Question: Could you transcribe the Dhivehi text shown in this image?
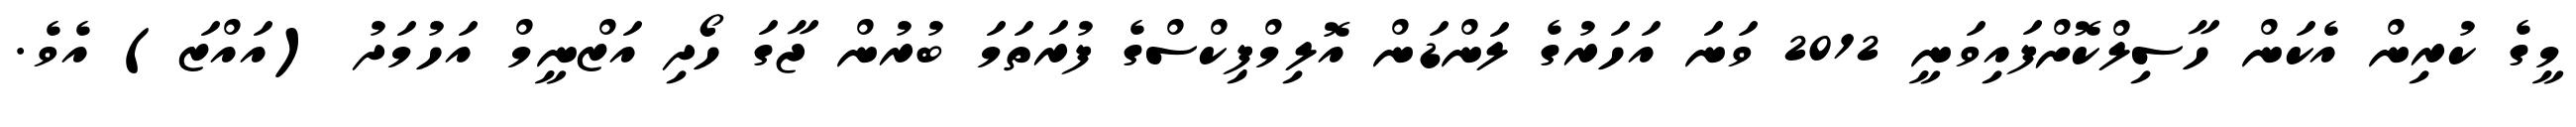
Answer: މީގެ ކުރިން އެކަން ހާސިލްކޮށްފައިވަނީ 2012 ވަނަ އަހަރުގެ ލަންޑަން އޮލިމްޕިކްސްގެ ފުރަތަމަ ބުރުން ޖާގަ ހޯދި އަޒްނީމް އަހުމަދު (އައްޒަ) އެވެ.